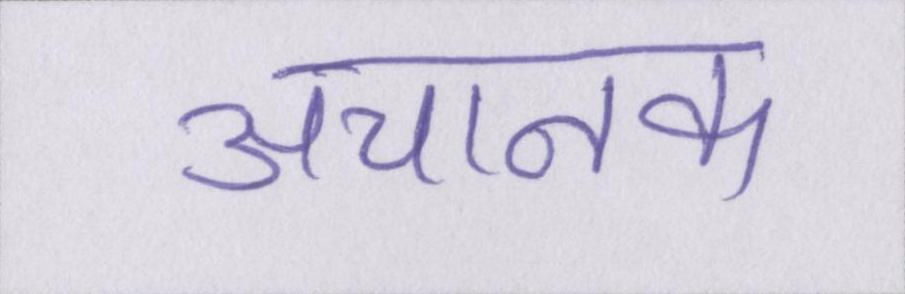
अचानक